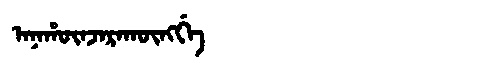
Manchu: ᠠᠨᠠᡥᡡᠨᠵᠠᡵᠠᡴᡡᠩᡤᡝ
Romanization: ANAHŪNJARAKŪNGGE